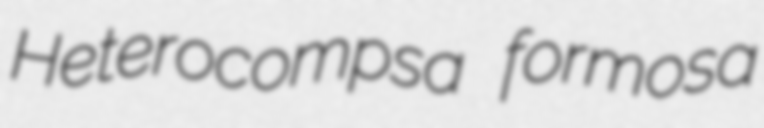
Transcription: Heterocompsa formosa